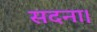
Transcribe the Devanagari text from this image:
सदना।